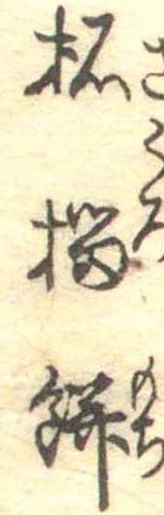
柘榴餅